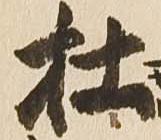
杜